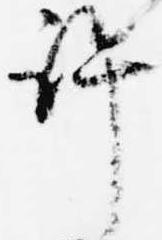
許